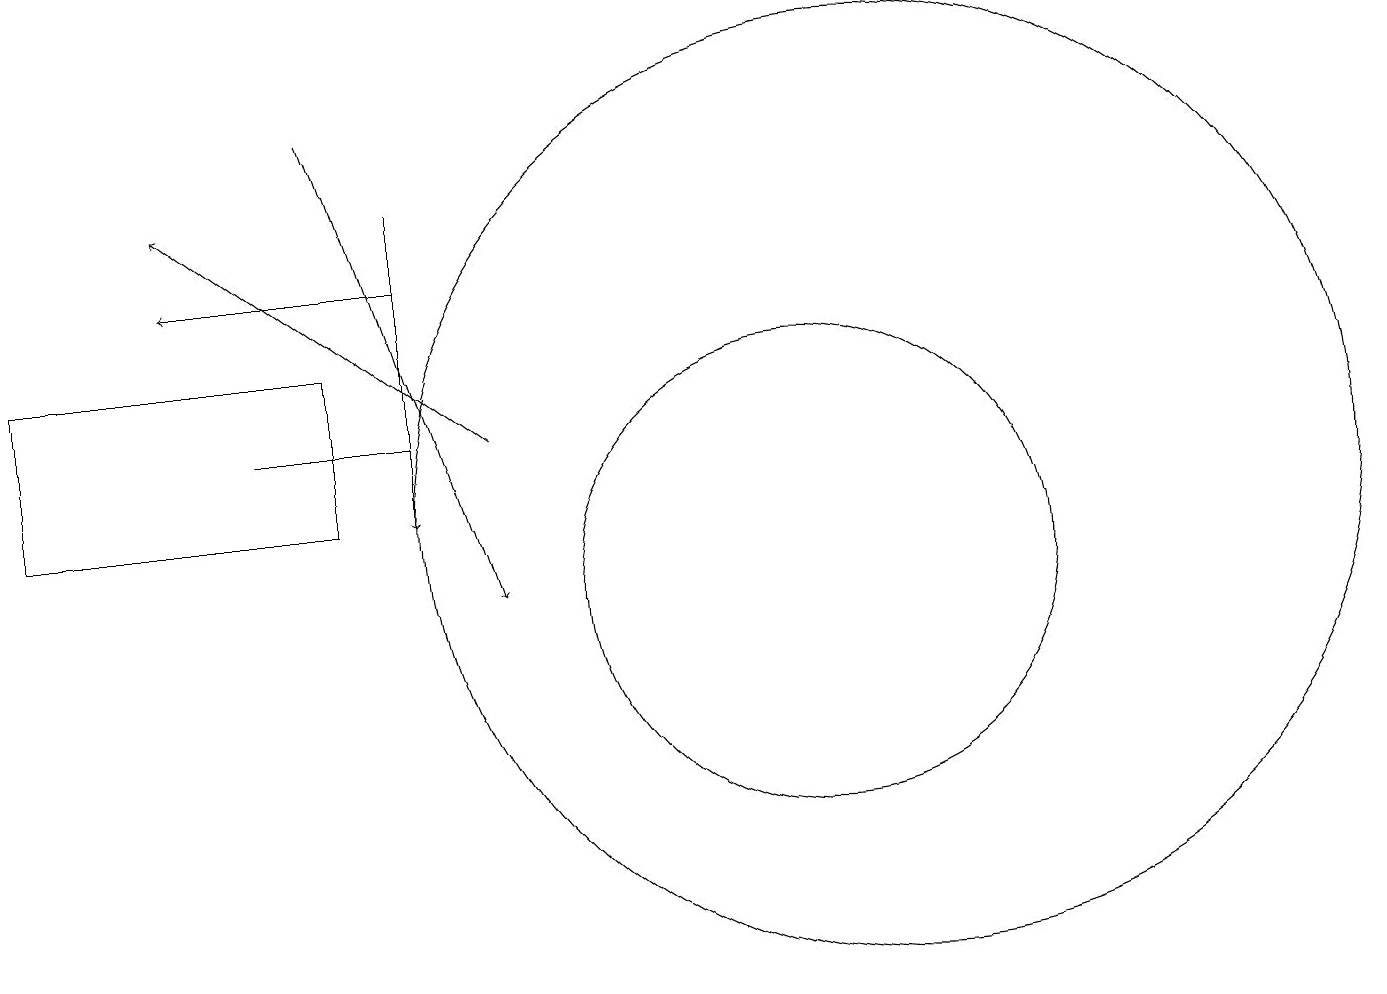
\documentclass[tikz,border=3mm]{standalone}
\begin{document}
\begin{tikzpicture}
\draw (11,10) circle (3);
\draw[->] (7,12) -- (3,15);
\draw[->] (5,16) -- (7,10);
\draw[->] (6,15) -- (6,11);
\draw (4,12) rectangle (6,12);
\draw[->] (6,14) -- (3,14);
\draw (12,11) circle (6);
\draw (1,13) rectangle (5,11);
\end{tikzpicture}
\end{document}